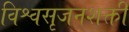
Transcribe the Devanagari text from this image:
विश्वसृजनशक्ती